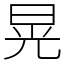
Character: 晃